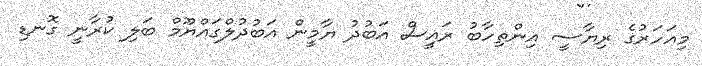
މިއަހަރުގެ ރިޔާސީ އިންތިހާބު ރައީިސް އަބުދު ޔާމީން އަބުދުލްގައްޔޫމް ބަލި ކުރާނީ ގޮނޑި